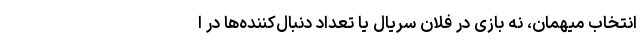
انتخاب میهمان، نه بازی در فلان سریال یا تعداد دنبال‌کننده‌ها در ا